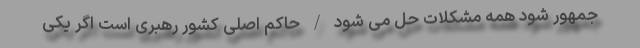
جمهور شود همه مشکلات حل می شود / حاکم اصلی کشور رهبری است اگر یکی